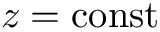
z = \mathrm { c o n s t }